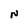
Character: N